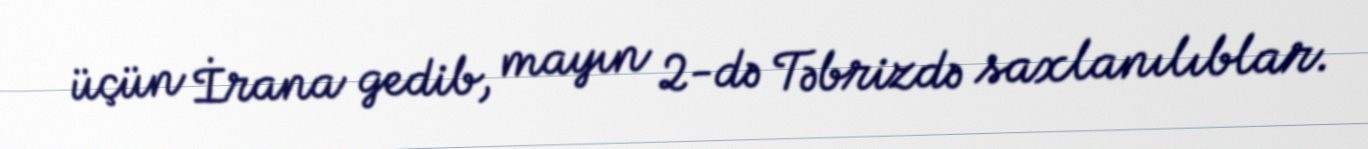
üçün İrana gedib, mayın 2-də Təbrizdə saxlanılıblar.